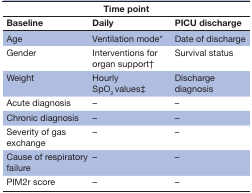
<table><thead><tr><td colspan="3"><b>Time point</b></td></tr><tr><td><b>Baseline</b></td><td><b>Daily</b></td><td><b>PICU discharge</b></td></tr></thead><tbody><tr><td>Age</td><td>Ventilation mode*</td><td>Date of discharge</td></tr><tr><td>Gender</td><td>Interventions for organ support†</td><td>Survival status</td></tr><tr><td>Weight</td><td>Hourly SpO<sub>2</sub> values‡</td><td>Discharge diagnosis</td></tr><tr><td>Acute diagnosis</td><td>–</td><td>–</td></tr><tr><td>Chronic diagnosis</td><td>–</td><td>–</td></tr><tr><td>Severity of gas exchange</td><td>–</td><td>–</td></tr><tr><td>Cause of respiratory failure</td><td>–</td><td>–</td></tr><tr><td>PIM2r score</td><td>–</td><td>–</td></tr></tbody></table>